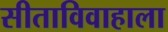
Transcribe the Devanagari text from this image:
सीताविवाहाला